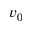
v _ { 0 }